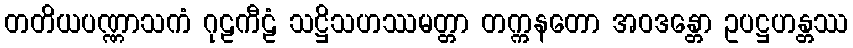
တတိယပဏ္ဏာသကံ ဂုဠကီဠံ သဋ္ဌိသဟဿမတ္တာ တက္ကနတော အဝဒန္တော ဥပဋ္ဌဟန္တဿ